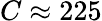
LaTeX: C\approx 225